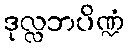
ဒုလ္လဘပိဏ္ဍံ